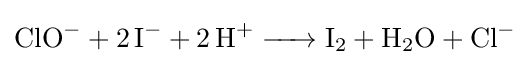
{\ce {ClO- + 2I- + 2H+ -> I2 + H2O + Cl-}}